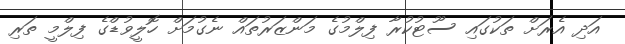
އަދި އެރަށް ތަކުގައި ސޫޓުކުރާ ފިލްމުގެ މަންޒަރުތައް ނެގުމަށް ހޮލީވުޑްގެ ފިލްމީ ތަރި